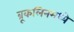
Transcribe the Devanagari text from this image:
ब्रूकलिनमध्ये